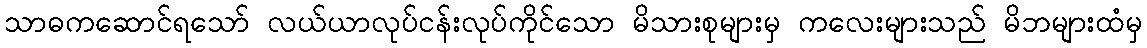
သာဓကဆောင်ရသော် လယ်ယာလုပ်ငန်းလုပ်ကိုင်သော မိသားစုများမှ ကလေးများသည် မိဘများထံမှ